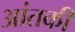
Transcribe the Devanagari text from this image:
आंतकी